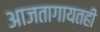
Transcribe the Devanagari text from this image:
आजतागायतही